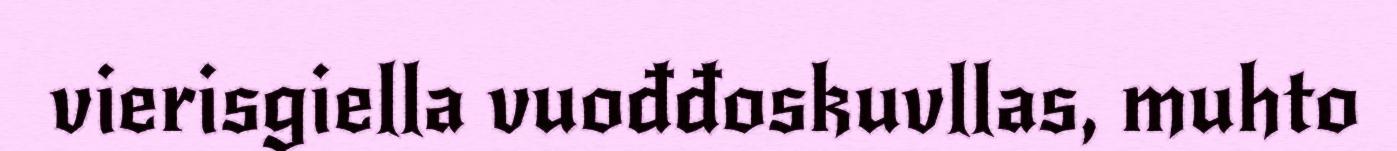
vierisgiella vuođđoskuvllas, muhto